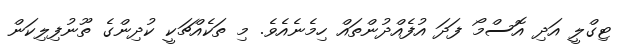
ޓިގްލީ އަދި އޮސްމޯ ފަދަ އުފެއްދުންތައް ހިމެނެއެވެ. މި ތަކެއްޗަކީ ކުދިންގެ ތޫނުފިލިކަން